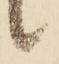
候